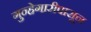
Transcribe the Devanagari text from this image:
गुन्हेगारीपासून